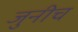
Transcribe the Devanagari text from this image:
जुनीच